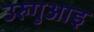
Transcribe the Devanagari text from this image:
उरुगुआइ